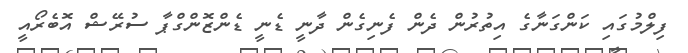
ފިލްމުގައި ކަންގަނާގެ އިތުރުން ދެން ފެނިގެން ދާނީ ޑެނީ ޑެންޒޮންގްޕާ ސުރޭޝް އޮބެރޯއީ